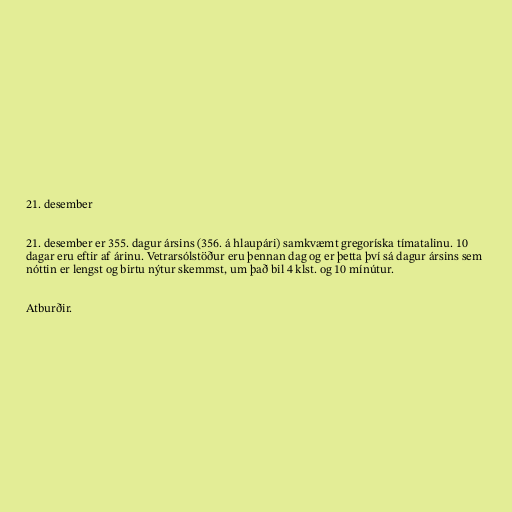
21. desember

21. desember er 355. dagur ársins (356. á hlaupári) samkvæmt gregoríska tímatalinu. 10
dagar eru eftir af árinu. Vetrarsólstöður eru þennan dag og er þetta því sá dagur ársins sem
nóttin er lengst og birtu nýtur skemmst, um það bil 4 klst. og 10 mínútur.

Atburðir.